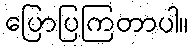
ပြောပြကြတာပါ။